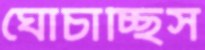
ঘোচাচ্ছিস